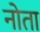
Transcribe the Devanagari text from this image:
नोता